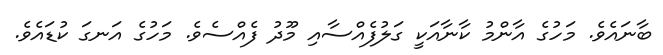
ބާނައެެވެ. މަހުގެ އާންމު ކާނާއަކީ ގަލުފެއްސާއި މޫދު ފެއްސެވެ. މަހުގެ އަނގަ ކުޑައެވެ.